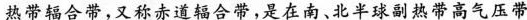
热带辐合带，又称赤道辐合带，是在南、北半球副热带高气压带